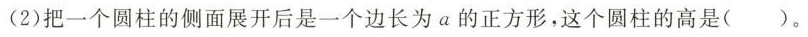
(2)把一个圆柱的侧面展开后是一个边长为a的正方形，这个圆柱的高是( )。